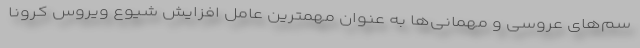
سم‌های عروسی و مهمانی‌ها به عنوان مهمترین عامل افزایش شیوع ویروس کرونا